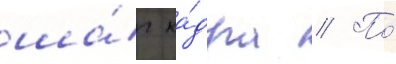
ша́г ка́дра // По́